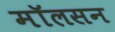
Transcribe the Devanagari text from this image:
मॉलसन